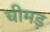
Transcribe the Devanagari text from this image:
चीमड़